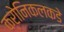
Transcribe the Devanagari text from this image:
क्रोनिकलकडे